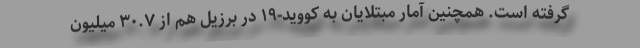
گرفته است. همچنین آمار مبتلایان به کووید-۱۹ در برزیل هم از ۳۰.۷ میلیون